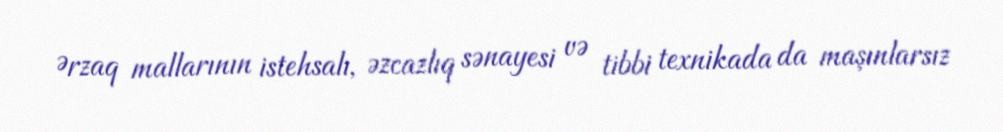
Ərzaq mallarının istehsalı, əzcazlıq sənayesi və tibbi texnikada da maşınlarsız